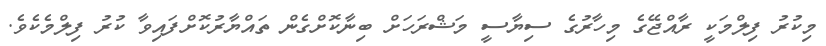
މިކުރު ފިލްމަކީ ރާއްޖޭގެ މިހާރުގެ ސިޔާސީ މަޝްރަހަށް ބިނާކޮށްގެން ތައްޔާރުކޮށްފައިވާ ކުރު ފިލްމެކެވެ.